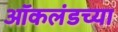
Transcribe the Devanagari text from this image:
ऑकलंडच्या